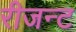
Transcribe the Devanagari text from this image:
रीजन्ट